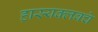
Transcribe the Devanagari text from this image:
हास्यक्लबचे